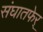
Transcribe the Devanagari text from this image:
संघातफेर्